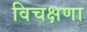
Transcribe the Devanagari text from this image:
विचक्षणा